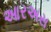
આરઅસ